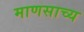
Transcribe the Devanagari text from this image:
माणसाच्य